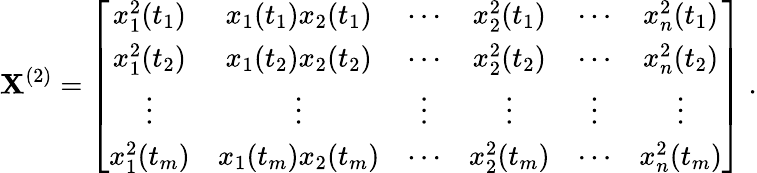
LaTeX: {\mathbf X}^{(2)}=\left[\begin{array}{cccccc}{x_{1}^{2}(t_{1})}&{x_{1}(t_{1})x_{2}(t_{1})}&{\cdots}&{x_{2}^{2}(t_{1})}&{\cdots}&{x_{n}^{2}(t_{1})}\\ {x_{1}^{2}(t_{2})}&{x_{1}(t_{2})x_{2}(t_{2})}&{\cdots}&{x_{2}^{2}(t_{2})}&{\cdots}&{x_{n}^{2}(t_{2})}\\ {\vdots}&{\vdots}&{\vdots}&{\vdots}&{\vdots}&{\vdots}\\ {x_{1}^{2}(t_{m})}&{x_{1}(t_{m})x_{2}(t_{m})}&{\cdots}&{x_{2}^{2}(t_{m})}&{\cdots}&{x_{n}^{2}(t_{m})}\end{array}\right]\; .